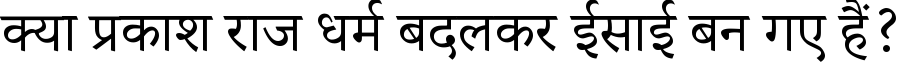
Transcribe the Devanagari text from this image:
क्या प्रकाश राज धर्म बदलकर ईसाई बन गए हैं?